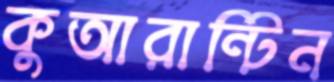
কুআরান্টিন